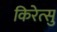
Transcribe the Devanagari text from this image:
किरेत्सु